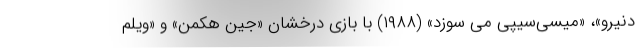
دنیرو»، «میسی‌سیپی می سوزد» (۱۹۸۸) با بازی درخشان «جین هکمن» و «ویلم